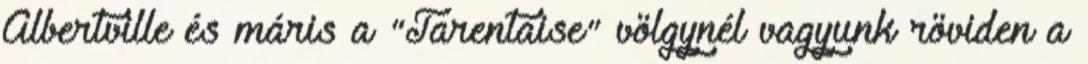
Albertville és máris a "Tarentaise" völgynél vagyunk röviden a